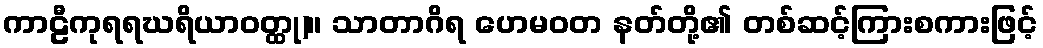
ကာဠီကုရရဃရိယာဝတ္ထု)။ သာတာဂိရ ဟေမဝတ နတ်တို့၏ တစ်ဆင့်ကြားစကားဖြင့်